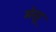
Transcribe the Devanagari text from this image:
मेसू